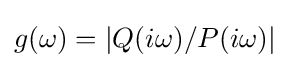
g(\omega )=|Q(i\omega )/P(i\omega )|